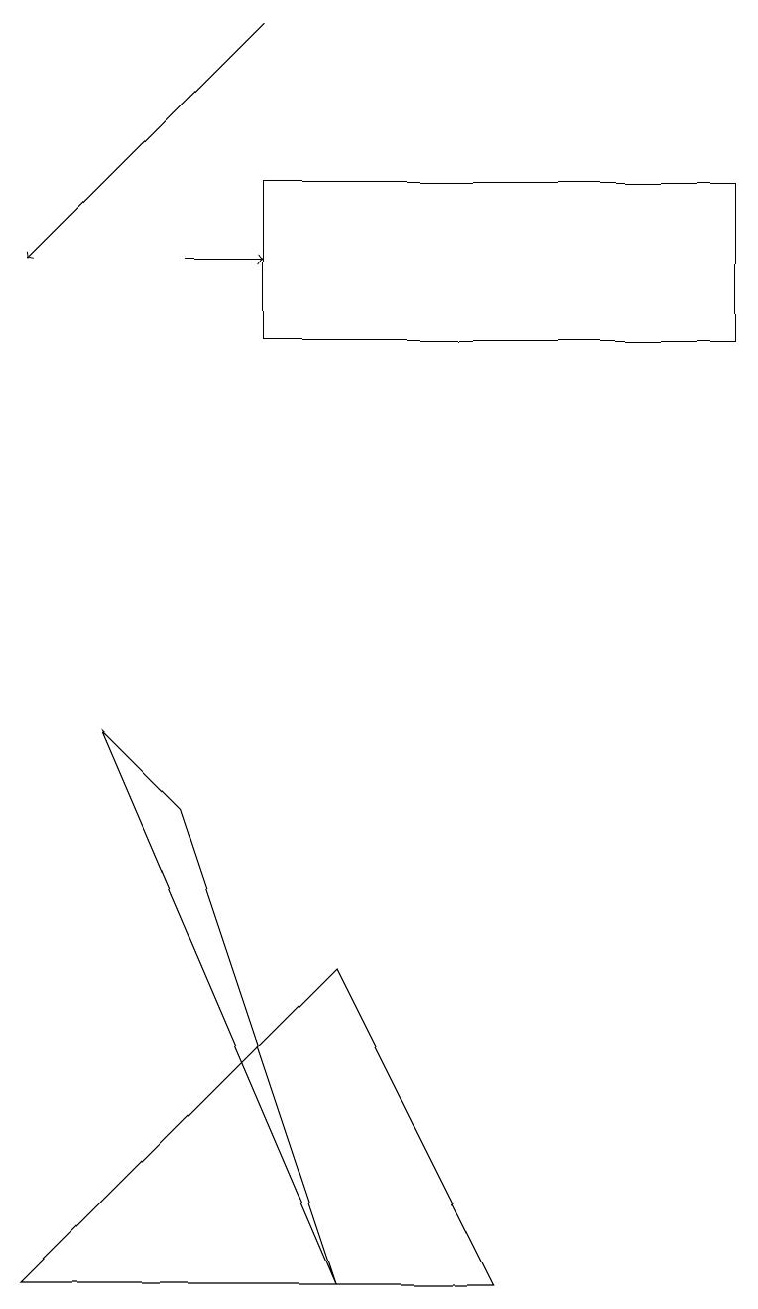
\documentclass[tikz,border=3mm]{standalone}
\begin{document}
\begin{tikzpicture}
\draw (6,2) -- (0,2) -- (4,6) -- cycle;
\draw[->] (2,15) -- (3,15);
\draw (3,14) rectangle (9,16);
\draw (4,2) -- (1,9) -- (2,8) -- cycle;
\draw[->] (3,18) -- (0,15);
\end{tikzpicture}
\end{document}